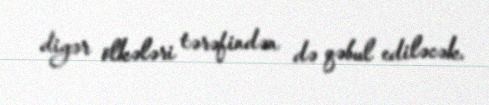
digər ölkələri tərəfindən də qəbul ediləcək.